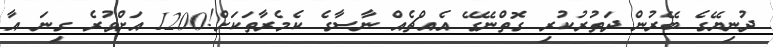
ދުނިޔޭގެ ބޭރުން ދަތުރުކުރި ގޮތްނޭގޭ އެއްޗެއް ނާސާގެ ކެމެރާތަކަށް!1200 އަށްވުރެ ގިނަ އާ